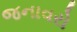
જનાવરો